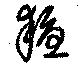
耰